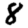
Digit: 8